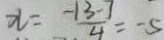
x = \frac { - 1 3 - 7 } { 4 } = - 5